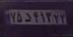
۷۵د۴۱۲۲۲